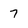
Character: 7